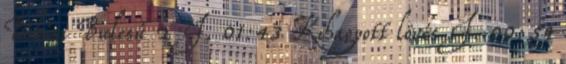
Békési Bulcsú 2 I. 01:43 Kihagyott lövés I. 00:59